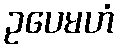
ဥပေမဟံ